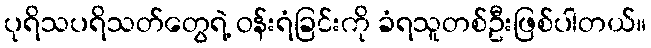
ပုရိသပရိသတ်တွေရဲ့ ဝန်းရံခြင်းကို ခံရသူတစ်ဦးဖြစ်ပါတယ်။